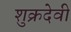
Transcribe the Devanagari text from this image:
शुक्रदेवी